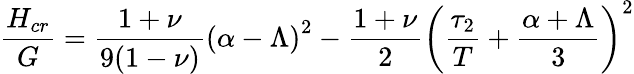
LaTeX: \frac{H_{cr}}{G}=\frac{1+\nu}{9(1-\nu)}\left(\alpha-\Lambda\right)^{2}-\frac{1+\nu}{2}\left(\frac{\tau_{2}}{T}+\frac{\alpha+\Lambda}{3}\right)^{2}